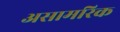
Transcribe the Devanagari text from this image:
असामरिक